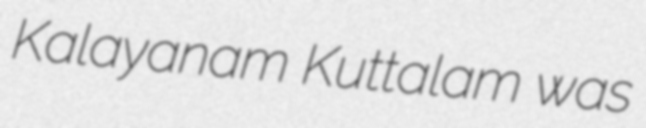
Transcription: Kalayanam Kuttalam was